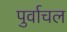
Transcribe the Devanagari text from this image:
पुर्वाचल